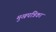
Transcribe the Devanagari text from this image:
मुखपत्रिका